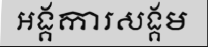
អង្គការសង្គម